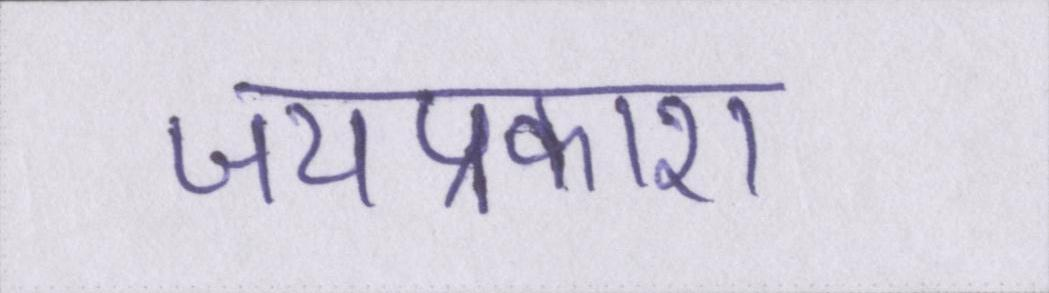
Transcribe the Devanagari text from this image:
जयप्रकाश